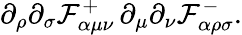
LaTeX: \partial_{\rho}\partial_{\sigma}\mathcal{F}_{\alpha\mu\nu}^{+}\, \partial_{\mu}\partial_{\nu}\mathcal{F}_{\alpha\rho\sigma}^{-}.